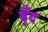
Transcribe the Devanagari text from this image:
बुँद